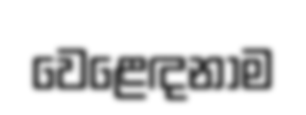
වෙළෙඳනාම